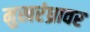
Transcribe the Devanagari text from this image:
मुखरंध्रावर